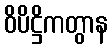
ဝိပိဋ္ဌိကတွာန